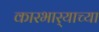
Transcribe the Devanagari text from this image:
कारभार्‍याच्या